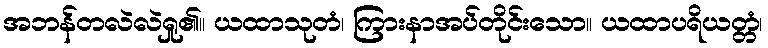
အဘန်တလဲလဲရှု၏။ ယထာသုတံ၊ ကြားနာအပ်တိုင်းသော။ ယထာပရိယတ္တံ၊